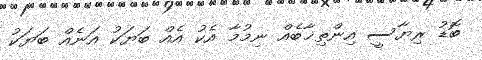
ބޮޑު ރިޔާސީ އިންތިޚާބެއް ނިމުމާ އެކު އެއް ބަޔަކު އަނެއް ބަޔަކު